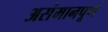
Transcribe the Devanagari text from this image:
असंमानपूर्ण